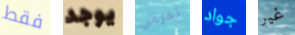
فقط يوجد تفزعي جواد غير